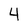
Character: 4